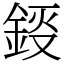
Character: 鋄